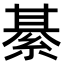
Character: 綦